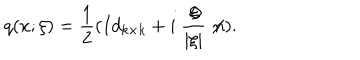
q ( x ; \xi ) = \frac 1 2 ( I d _ { k \times k } + i \ \frac { \not \! \xi } { \vert \xi \vert } \not \! n ) .